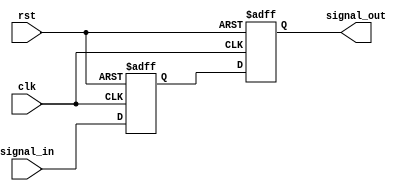
module TwoFF_Metastability_Detector (
    input wire clk,           // Clock input
    input wire signal_in,     // Asynchronous input signal
    input wire rst,          // Reset signal (active high)
    output reg signal_out     // Stable output signal
);

    // Intermediate signals for the flip-flops
    reg ff1_out;             // Output of the first flip-flop

    // First flip-flop with asynchronous reset
    always @(posedge clk or posedge rst) begin
        if (rst) begin
            ff1_out <= 1'b0;  // Reset condition
        end else begin
            ff1_out <= signal_in; // Capture the input signal
        end
    end

    // Second flip-flop with asynchronous reset
    always @(posedge clk or posedge rst) begin
        if (rst) begin
            signal_out <= 1'b0; // Reset condition
        end else begin
            signal_out <= ff1_out; // Capture the output of FF1
        end
    end

endmodule